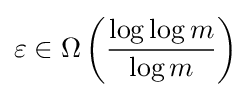
\varepsilon \in \Omega \left({\frac {\log \log m}{\log m}}\right)